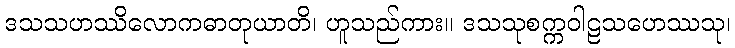
ဒသသဟဿိလောကဓာတုယာတိ၊ ဟူသည်ကား။ ဒသသုစက္ကဝါဠသဟေဿသု၊